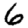
Digit: 6